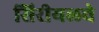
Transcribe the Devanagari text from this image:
सिरीयलचे